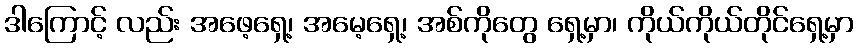
ဒါကြောင့် လည်း အဖေ့ရှေ့၊ အမေ့ရှေ့၊ အစ်ကိုတွေ ရှေ့မှာ၊ ကိုယ်ကိုယ်တိုင်ရှေ့မှာ